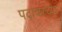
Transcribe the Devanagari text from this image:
पदावरच्या